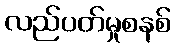
လည်ပတ်မှုစနစ်